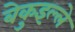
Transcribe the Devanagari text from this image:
बेकुइल्ले